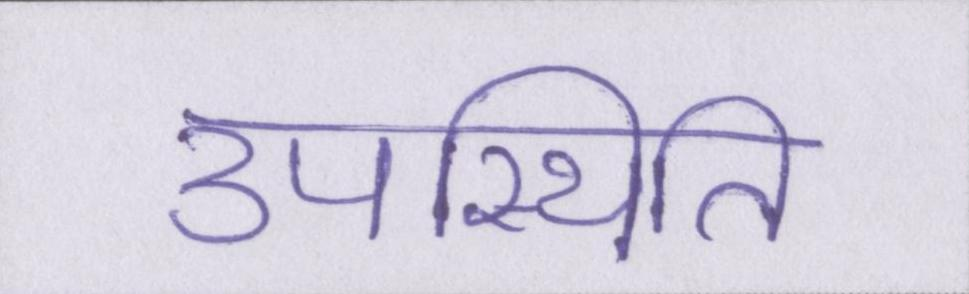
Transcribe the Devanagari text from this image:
उपस्थिति